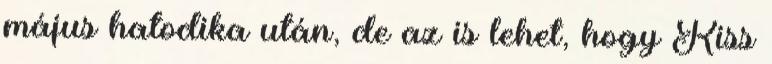
május hatodika után, de az is lehet, hogy Kiss